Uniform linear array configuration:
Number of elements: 64
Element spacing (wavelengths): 0.5
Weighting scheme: hamming
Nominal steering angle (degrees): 30
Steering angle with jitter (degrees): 28.592
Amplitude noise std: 0.05
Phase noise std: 0.05

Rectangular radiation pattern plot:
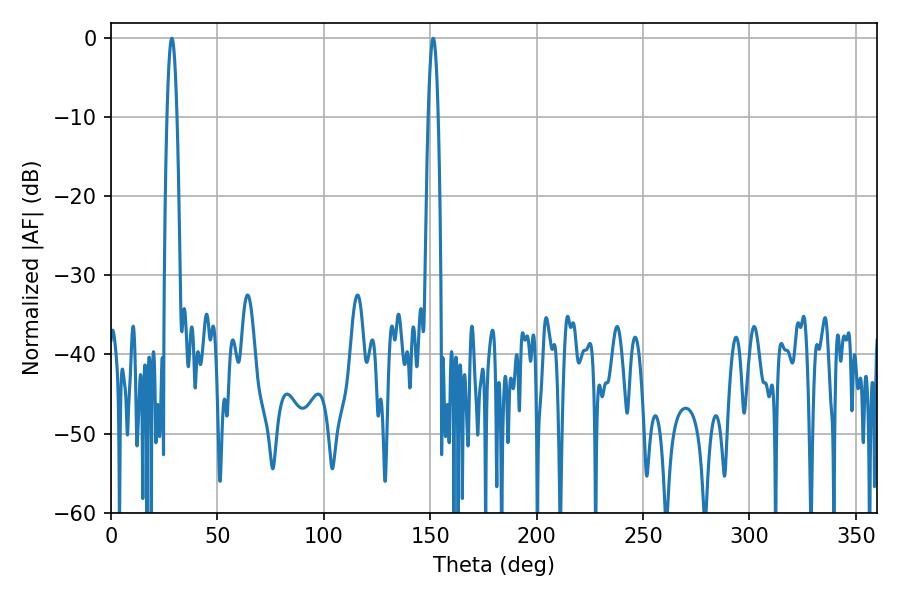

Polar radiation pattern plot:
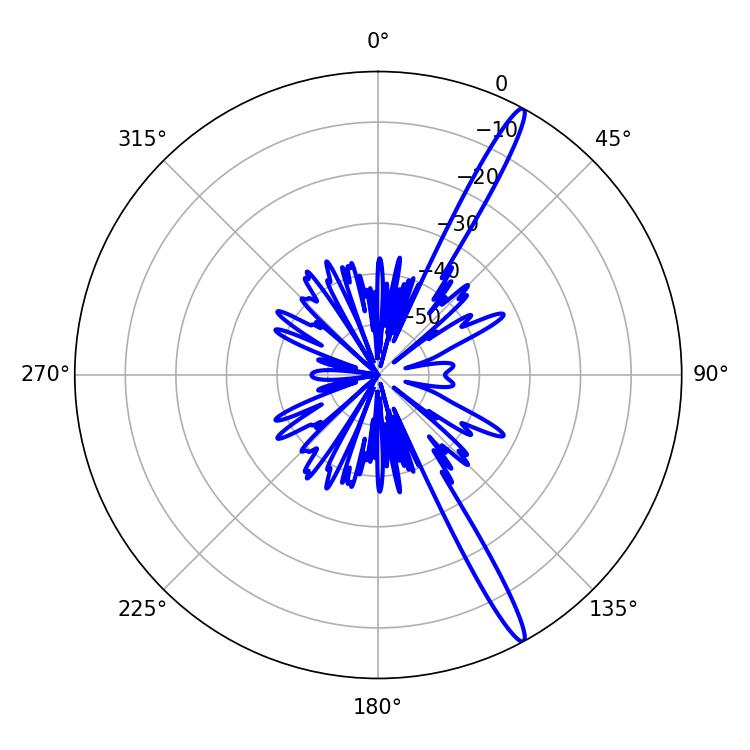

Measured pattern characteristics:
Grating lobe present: FALSE
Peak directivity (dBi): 16.28
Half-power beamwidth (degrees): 2.52
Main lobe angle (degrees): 28.62